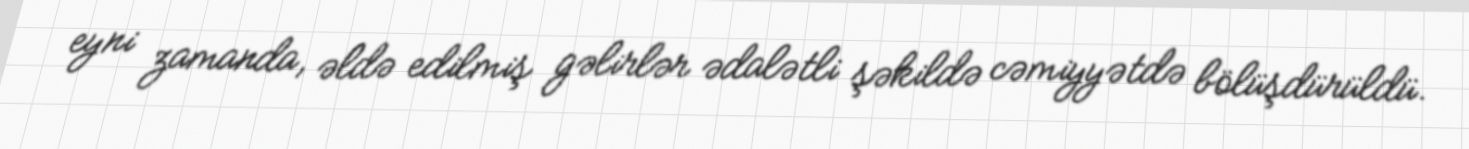
eyni zamanda, əldə edilmiş gəlirlər ədalətli şəkildə cəmiyyətdə bölüşdürüldü.